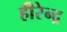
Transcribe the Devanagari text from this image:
हीरेन्द्र